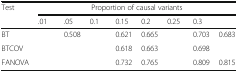
<table><thead><tr><td rowspan="2"><b>Test</b></td><td colspan="8"><b>Proportion of causal variants</b></td></tr><tr><td><b>.01</b></td><td><b>.05</b></td><td><b>0.1</b></td><td><b>0.15</b></td><td><b>0.2</b></td><td><b>0.25</b></td><td><b>0.3</b></td><td>[EMPTY_CELL]</td></tr></thead><tbody><tr><td>BT</td><td>[EMPTY_CELL]</td><td>0.508</td><td>[EMPTY_CELL]</td><td>0.621</td><td>0.665</td><td>[EMPTY_CELL]</td><td>0.703</td><td>0.683</td></tr><tr><td>BTCOV</td><td>[EMPTY_CELL]</td><td>[EMPTY_CELL]</td><td>[EMPTY_CELL]</td><td>0.618</td><td>0.663</td><td>[EMPTY_CELL]</td><td>0.698</td><td>[EMPTY_CELL]</td></tr><tr><td>FANOVA</td><td>[EMPTY_CELL]</td><td>[EMPTY_CELL]</td><td>[EMPTY_CELL]</td><td>0.732</td><td>0.765</td><td>[EMPTY_CELL]</td><td>0.809</td><td>0.815</td></tr></tbody></table>